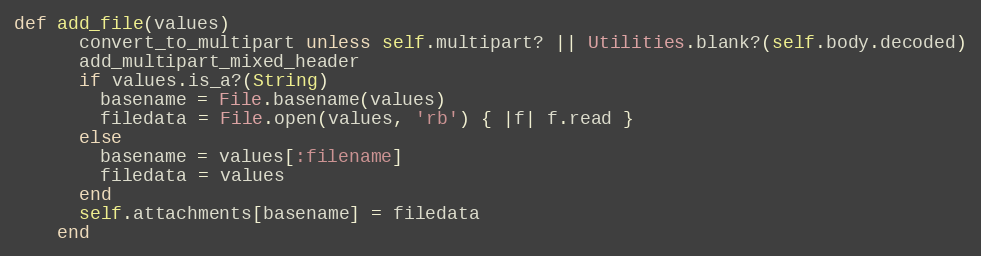
Language: Ruby
def add_file(values)
      convert_to_multipart unless self.multipart? || Utilities.blank?(self.body.decoded)
      add_multipart_mixed_header
      if values.is_a?(String)
        basename = File.basename(values)
        filedata = File.open(values, 'rb') { |f| f.read }
      else
        basename = values[:filename]
        filedata = values
      end
      self.attachments[basename] = filedata
    end